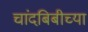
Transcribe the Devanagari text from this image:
चांदबिबीच्या